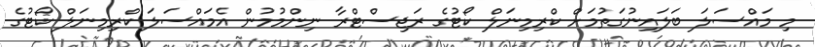
މި މައްސަލަ ބަލައިނުގަތުމަށް ކްރިމިނަލް ކޯޓުގެ ރަޖިސްޓްރާ ނިންމުމުން އެމައްސަލަ ކްރިމިނަލް ކޯޓުގެ